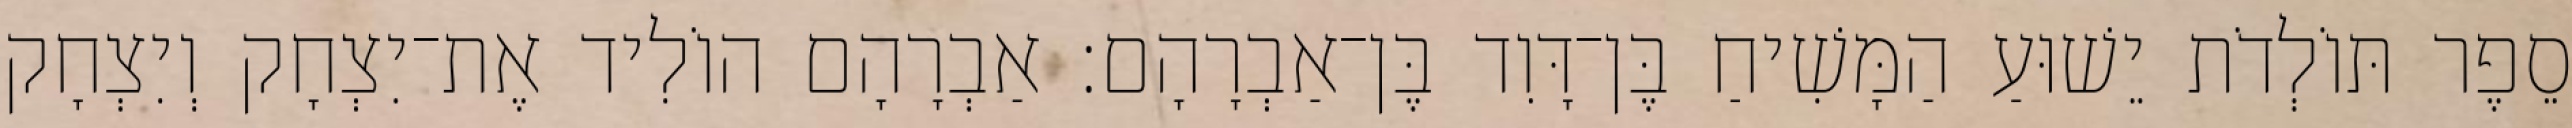
סֵפֶר תּוֹלְדֹת יֵשׁוּעַ הַמָּשִׁיחַ בֶּן־דָּוִד בֶּן־אַבְרָהָם׃ אַבְרָהָם הוֹלִיד אֶת־יִצְחָק וְיִצְחָק